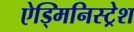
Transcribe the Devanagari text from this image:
ऐड्मिनिस्ट्रेश